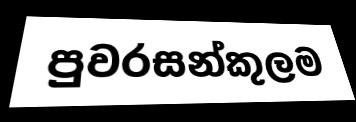
පුවරසන්කුලම